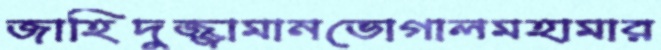
জাহিদুজ্জামানভোগালমহামার